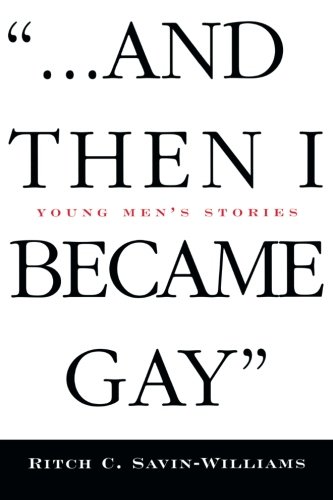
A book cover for '...And Then I Became Gay': Young Men's Stories; Ritch C. Savin-Williams; Gay & Lesbian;